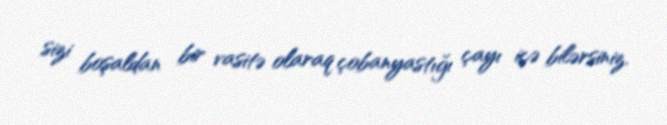
sizi boşaldan bir vasitə olaraq çobanyastığı çayı içə bilərsiniz.